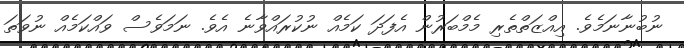
ނުބުނާނަމެވެ. އިއްޒަތްތެރި މެމްބަރުން އެފަދަ ކަމެއް ނުކުރައްވާނެ އެވެ. ނަމަވެސް ވައްކަމެއް ނުވަތަ